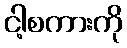
ငါ့စကားကို